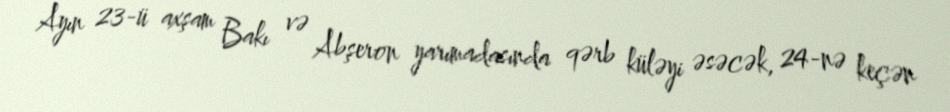
Ayın 23-ü axşam Bakı və Abşeron yarımadasında qərb küləyi əsəcək, 24-nə keçən